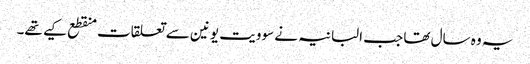
یہ وہ سال تھا جب البانیہ نے سوویت یونین سے تعلقات منقطع کیے تھے۔